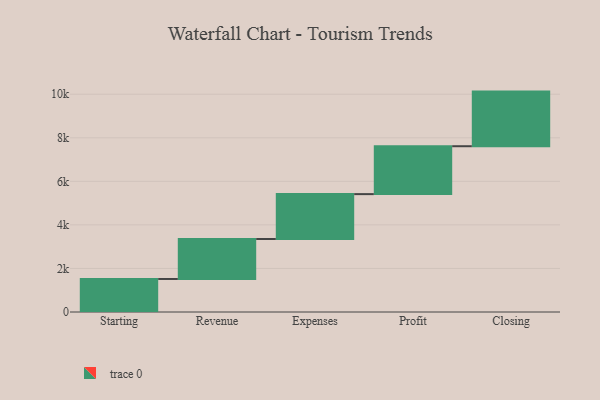
{"axis": {"x": "Step", "y": "Value"}, "legend": [""], "data": [{"x": "Starting", "y": 1517.0, "type": ""}, {"x": "Revenue", "y": 1835.0, "type": ""}, {"x": "Expenses", "y": 2061.0, "type": ""}, {"x": "Profit", "y": 2200.0, "type": ""}, {"x": "Closing", "y": 2508.0, "type": ""}]}